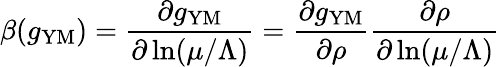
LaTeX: \beta(g_{\mathrm{YM}})=\frac{\partial g_{\mathrm{YM}}}{\partial\ln(\mu/\Lambda)}=\frac{\partial g_{\mathrm{YM}}}{\partial\rho}\frac{\partial\rho}{\partial\ln(\mu/\Lambda)}